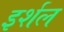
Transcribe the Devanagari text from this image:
इर्शल